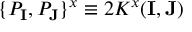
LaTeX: \{ { \cal P } _ { \mathbf { I } } , { \cal P } _ { \mathbf { J } } \} ^ { x } \equiv 2 K ^ { x } ( \mathbf { I } , \mathbf { J } )